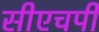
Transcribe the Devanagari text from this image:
सीएचपी